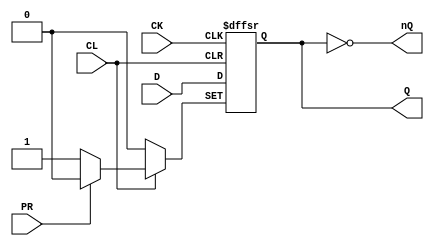
// Fujitsu AV cell
// Power DFF with CLEAR and PRESET
// furrtek 2022

`timescale 1ns/100ps

module FD4(
	input CK,
	input D,
	input PR, CL,
	output reg Q = 1'b0,
	output nQ
);

	always @(negedge CK, negedge PR, negedge CL) begin
		if (~PR)
			Q <= #1 1'b1;	// tmax = 5.7ns
		else if (~CL)
			Q <= #1 1'b0;	// tmax = 5.7ns (typo ?)
		else
			Q <= #1 D;		// tmax = 5.7ns (typo ?)
	end
	
	assign nQ = ~Q;

endmodule